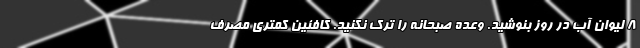
۸ لیوان آب در روز بنوشید. وعده صبحانه را ترک نکنید. کافئین کمتری مصرف